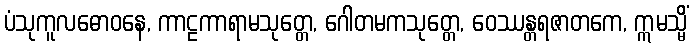
ပံသုကူလဓောဝနေ, ကာဠကာရာမသုတ္တေ, ဂေါတမကသုတ္တေ, ဝေဿန္တရဇာတကေ, ဣမသ္မိံ